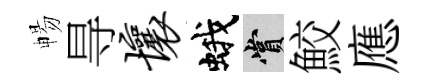
暢㝵壤蛾賞鮫應